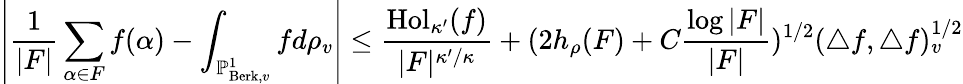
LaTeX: \left|\frac{1}{|F|}\sum_{\alpha\in F}f(\alpha)-\int_{\mathbb{P}_{\operatorname{Berk},v}^{1}}fd\rho_{v}\right|\leq\frac{\operatorname{Hol}_{\kappa^{\prime}}(f)}{|F|^{\kappa^{\prime}/\kappa}}+(2h_{\rho}(F)+C\frac{\log|F|}{|F|})^{1/2}(\triangle f,\triangle f)_{v}^{1/2}